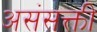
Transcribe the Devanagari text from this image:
असंसक्ती